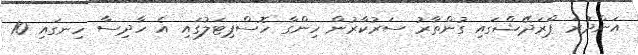
އަންދުރަ ޕްރަދޭޝްގައި ގުންތާރު ސަރުކާރުން ހިންގާ ހޮސްޕިޓަލުގައި އެ ހާދިސާ ހިނގައި 10